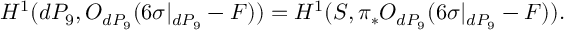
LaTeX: H ^ { 1 } ( d P _ { 9 } , { \cal O } _ { d P _ { 9 } } ( 6 \sigma | _ { d P _ { 9 } } - F ) ) = H ^ { 1 } ( { \cal S } , \pi _ { * } { \cal O } _ { d P _ { 9 } } ( 6 \sigma | _ { d P _ { 9 } } - F ) ) .